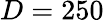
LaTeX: D=250